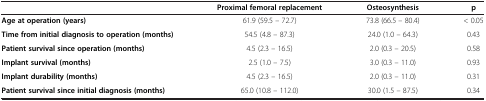
<table><thead><tr><td><b> </b></td><td><b>Proximal femoral replacement</b></td><td><b>Osteosynthesis</b></td><td><b>p</b></td></tr></thead><tbody><tr><td><b>Age at operation (years)</b></td><td>61.9 (59.5 – 72.7)</td><td>73.8 (66.5 – 80.4)</td><td>&lt; 0.05</td></tr><tr><td><b>Time from initial diagnosis to operation (months)</b></td><td>54.5 (4.8 – 87.3)</td><td>24.0 (1.0 – 64.3)</td><td>0.43</td></tr><tr><td><b>Patient survival since operation (months)</b></td><td>4.5 (2.3 – 16.5)</td><td>2.0 (0.3 – 20.5)</td><td>0.58</td></tr><tr><td><b>Implant survival (months)</b></td><td>2.5 (1.0 – 7.5)</td><td>3.0 (0.3 – 11.0)</td><td>0.93</td></tr><tr><td><b>Implant durability (months)</b></td><td>4.5 (2.3 – 16.5)</td><td>2.0 (0.3 – 11.0)</td><td>0.31</td></tr><tr><td><b>Patient survival since initial diagnosis (months)</b></td><td>65.0 (10.8 – 112.0)</td><td>30.0 (1.5 – 87.5)</td><td>0.34</td></tr></tbody></table>